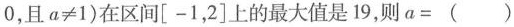
0，且 a ≠ 1 )$$在区间[-1，2]上的最大值是19，则$$a =（ )$$